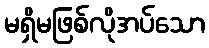
မရှိမဖြစ်လိုအပ်သော